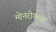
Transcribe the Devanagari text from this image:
मोनरोयच्या